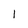
Character: 1